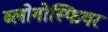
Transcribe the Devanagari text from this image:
ब्लोगोस्फियर